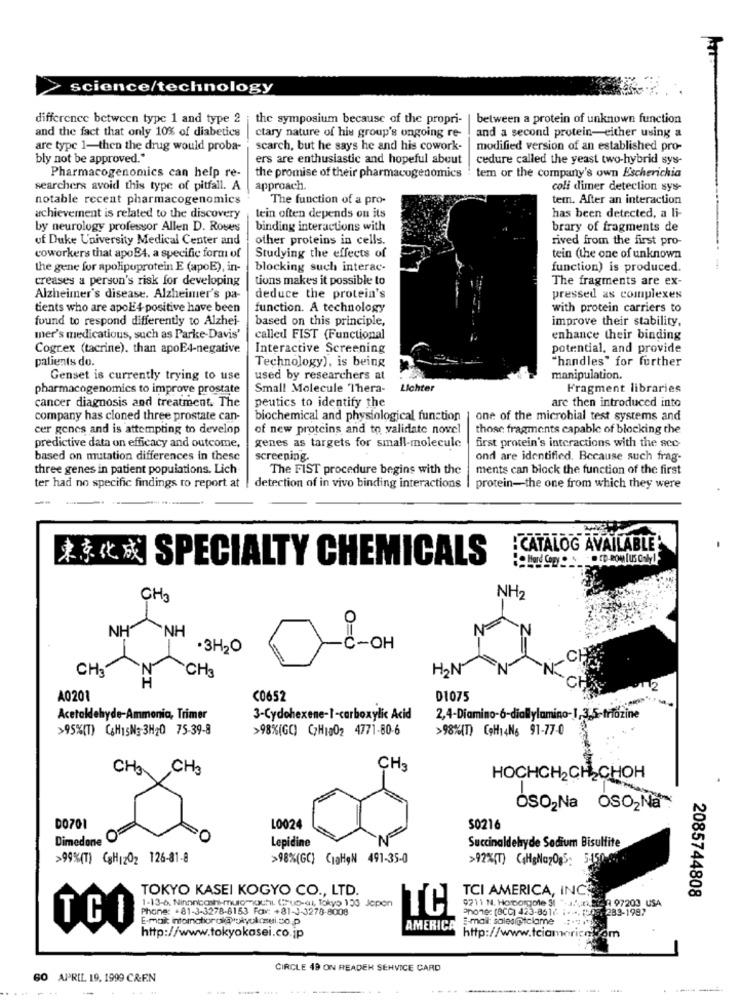
science/technology
difference between type 1 and type 2 | the symposium because of the propri-
between a protein of unknown function
ctary nature of his group's ongoing re-
and the fact that only 10% of diabetics
and a second protein-either using a
are type 1-then the drug would proba-
scarch, but he says he and his cowork-
modified version of an established pro-
bly not be approved."
ers are enthusiastic and hopeful about
cedure called the yeast two-hybrid sys-
tem or the company's own Escherichia
Pharmacogenomics can help re-
the promise of their pharmacogenomics
searchers avoid this type of pitfall. A
approach.
coli dimer detection sys-
notable recent pharmacogenomics
The function of a pro-
tem. After an interaction
has been detected, a li-
achievement is related to the discovery
tein often depends on its
by neurology professor Allen D. Roves
binding interactions with
brary of fragments de
uf Duke University Medical Center and
other proteins in cells.
rived from the first pro-
coworkers that apoBA, a specific form of
Studying the effects of
tein (the one of unknown
the gene for apolipoprotein E (apoE), in-
blocking such interac-
function) is produced.
creases a person's risk for developing
tions makes it possible to
The fragments are ex-
Alzheimer's disease. Alzheimer's pa-
deduce the protein's
pressed as complexes
tients who are apol4-positive have been
function. A technology
with protein carriers to
found to respond differently to Alzhei-
based on this principle,
improve their stability,
mer's medications, such as Parke-Davis'
called FIST (Functional
enhance their binding
Cogrex (tacrine). than apoE4-negative
Interactive Screening
potential, and provide
patients do.
Technology), is being
"handles" for further
Genset is currently trying to use
used by researchers at
manipulation.
pharmacogenomics to improve prostate
Small Molecule Thera-
Lichter
Fragment libraries
cancer diagnosis and treatment. The
peutics to identify the
are then introduced into
company has cloned three prostate can-
biochemical and physiological function
one of the microbial test systems and
cer genes and is attempting to develop
of new proteins and to validate novel
those fragments capable of blocking the
predictive data on efficacy and outcome,
genes as targets for small-molecule
first protein's interactions with the sco
based on mutation differences in these
screening.
ond are identified. Because such frag-
three genes in patient populations. Lich
The FIST procedure begins with the
ments can block the function of the first
ter had no specific findings to report at
detection of in vivo binding interactions | protein-the one from which they were
CATALOG AVAILABLE
東京化成 SPECIALTY CHEMICALS
CH3
NH2
NH“
NH
·3H20
Č-OH
O=0
CH3
CH3
HON
12
A0201
C0652
D1075
Acetaldehyde-Ammonia, Trimer
3-Cydohexene-1-carboxylic Acid
2,4-Diamino-6-diallylamino-1,3,5-trazine
>95%(T) CHISNg-3H20 75-39-8
>98%(GC) C/H1002 4771-80-6
>98%(T) CaHy 4N6 91-77-0
CH3 CH3
CH3
HOCHCH2CH CHOH
OSO2Na OSO2Na
DO701
L0024
50216
Dimedone O
Lepidine
Succinaldehyde Sodium Bisulfite
>99%(T) CgH1202 126-81-8
>98%(GC) (10H&N 491-35-0
>92%(T) (4HgNaz0g5, 5450-
TOKYO KASEI KOGYO CO ., LTD.
TCI AMERICA, INC
2085744808
1-13-6, Ninnnicohi-muromachi. (Hub-at, Tokyo 150 Jepon
9211 N. Homborgole 51 "-1.4, 2) It- 7 97203 USA
Phone: +81-3-3278-8153 Fax: +81-J-3278-8008
TC
Phone: (BCC) 423-8617 ;. .. (0 , 283-1997
E-mail: salesigtclame :. ".
TGO
http://www.tokyokasei.co.jp
AMERICA
http://www.tciamericnom
CIRCLE 49 ON READER SERVICE CARD
60 APRIL 19. 1999 CRE.N
----